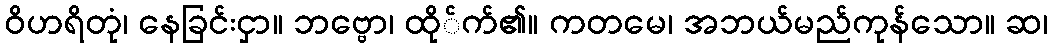
ဝိဟရိတုံ၊ နေခြင်းငှာ။ ဘဗ္ဗော၊ ထို်က်၏။ ကတမေ၊ အဘယ်မည်ကုန်သော။ ဆ၊